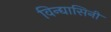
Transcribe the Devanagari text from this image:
विन्द्यासिनी